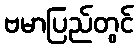
ဗမာပြည်တွင်